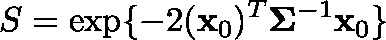
S = \exp \{ - 2 ( \mathbf { x } _ { 0 } ) ^ { T } \mathbf { \Sigma } ^ { - 1 } \mathbf { x } _ { 0 } \}